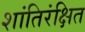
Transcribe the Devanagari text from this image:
शांतिरंक्षित